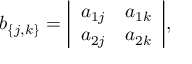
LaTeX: b _ { \{ j , k \} } = { \left| \begin{array} { l l } { a _ { 1 j } } & { a _ { 1 k } } \\ { a _ { 2 j } } & { a _ { 2 k } } \end{array} \right| } ,